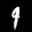
Label: 9